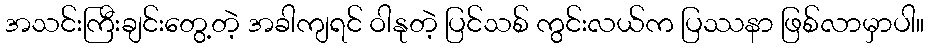
အသင်းကြီးချင်းတွေ့တဲ့ အခါကျရင် ဝါနုတဲ့ ပြင်သစ် ကွင်းလယ်က ပြဿနာ ဖြစ်လာမှာပါ။